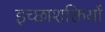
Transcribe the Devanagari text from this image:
इच्छाशक्तियों